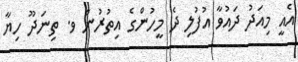
އެއީ މިއަދު ދައުވާ އުފުލި ދެ މީހުންގެ އިތުރުން ވ. ތިނަދޫ ހިޔާ